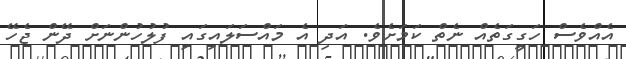
އެއްވެސް ހަގީގަތެއް ނެތް ކަމަށެވެ. އަދި އެ މައްސަލައިގައި ފުލުހުންނަށް ދޭން ޖެހޭ